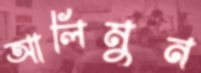
আলিমুন